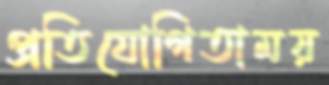
প্রতিযোগিতাময়